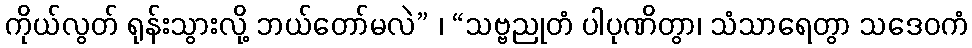
ကိုယ်လွတ် ရုန်းသွားလို့ ဘယ်တော်မလဲ” ၊ “သဗ္ဗညုတံ ပါပုဏိတွာ၊ သံသာရေတွာ သဒေဝကံ